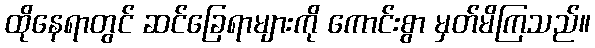
ထိုနေရာတွင် ဆင်ခြေရာများကို ကောင်းစွာ မှတ်မိကြသည်။